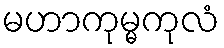
မဟာကုမ္မကုလံ